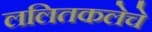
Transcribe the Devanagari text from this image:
ललितकलेचे